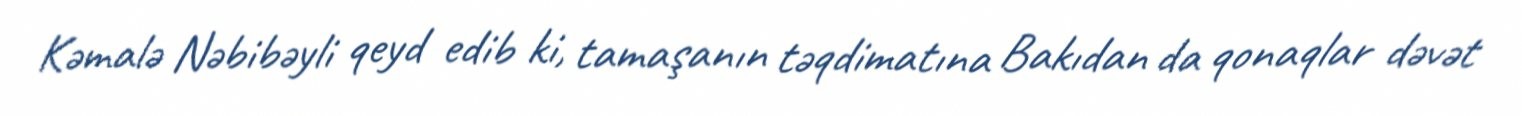
Kəmalə Nəbibəyli qeyd edib ki, tamaşanın təqdimatına Bakıdan da qonaqlar dəvət